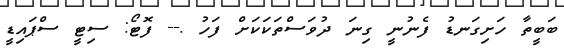
ބަބީތާ ހަށިގަނޑު ފެނުނީ ގިނަ ދުވަސްތަކަކަށް ފަހު .-- ފޮޓޯ: ސިޓީ ސްޕައިޑީ